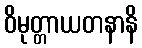
ဝိမုတ္တာယတနာနိ